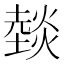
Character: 燅